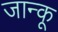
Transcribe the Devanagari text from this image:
जान्कू